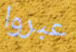
عبروا